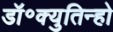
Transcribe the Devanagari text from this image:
डॉ॰क्युतिन्हो